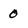
Character: 0